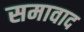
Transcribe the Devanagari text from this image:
समावाद